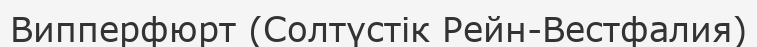
Випперфюрт (Солтүстік Рейн-Вестфалия)